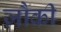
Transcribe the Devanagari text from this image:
ज़ौकी